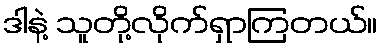
ဒါနဲ့ သူတို့လိုက်ရှာကြတယ်။